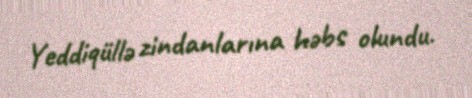
Yeddiqüllə zindanlarına həbs olundu.